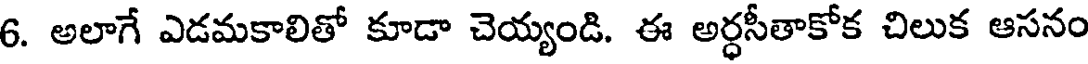
6. అలాగే ఎడమకాలితో కూడా చెయ్యండి. ఈ అర్ధసీతాకోక చిలుక ఆసనం